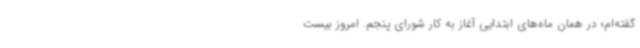
گفته‌ام؛ در همان ماه‌های ابتدایی آغاز به کار شورای پنجم. امروز بیست